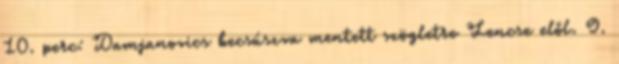
10. perc: Damjanovics becsúszva mentett szögletre Lencse elől. 9.